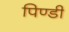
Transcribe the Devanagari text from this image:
पिण्डी